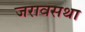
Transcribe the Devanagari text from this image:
जरावसथा